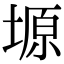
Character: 塬